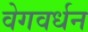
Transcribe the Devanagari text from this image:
वेगवर्धन